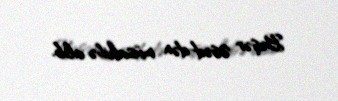
Bəşər Əsəd-dən müsahibə alıb.